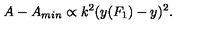
A - A _ { m i n } \propto k ^ { 2 } ( y ( F _ { 1 } ) - y ) ^ { 2 } .